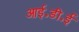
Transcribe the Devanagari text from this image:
आई॰डी॰ई